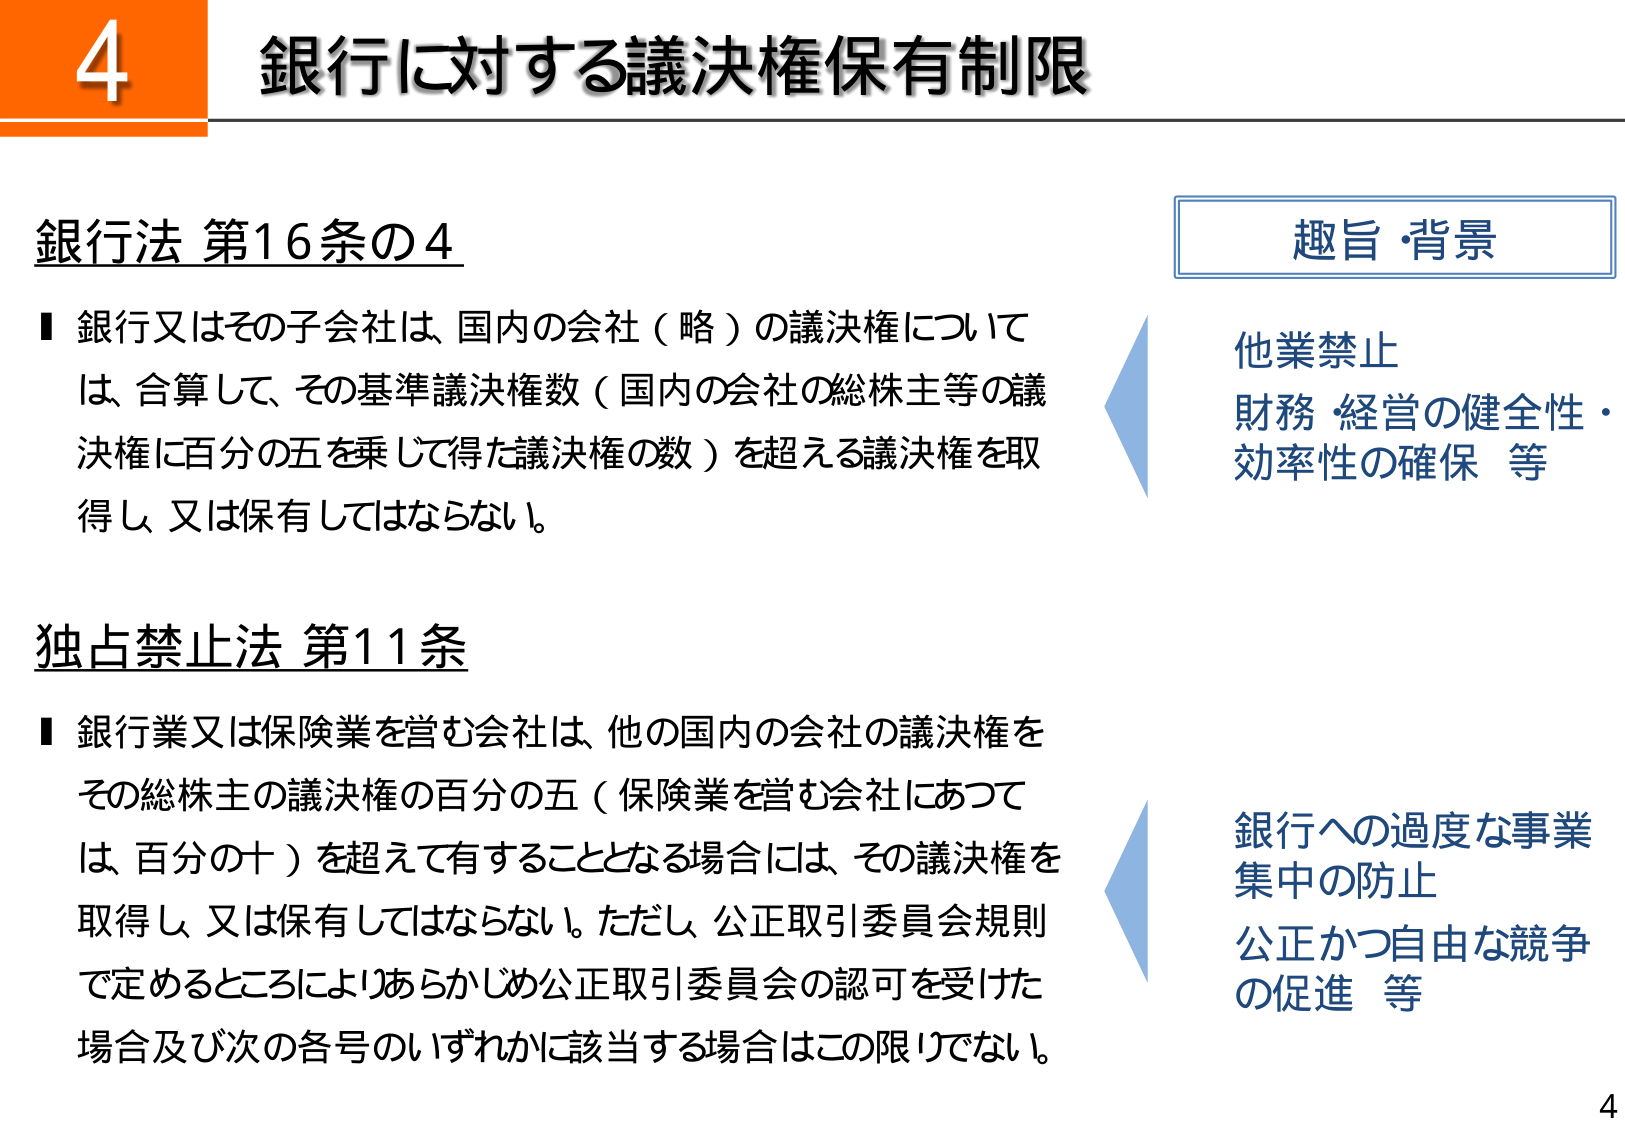
4 銀行に対する議決権保有制限

銀行法 第16条の4
■ 銀行又はその子会社は、国内の会社（略）の議決権については、合算して、その基準議決権数（国内の会社の総株主等の議決権に百分の五を乗じて得た議決権の数）を超える議決権を取得し、又は保有してはならない。

独占禁止法 第11条
■ 銀行業又は保険業を営む会社は、他の国内の会社の議決権をその総株主の議決権の百分の五（保険業を営む会社にあつては、百分の十）を超えて有することとなる場合には、その議決権を取得し、又は保有してはならない。ただし、公正取引委員会規則で定めるところによりあらかじめ公正取引委員会の認可を受けた場合及び次の各号のいずれかに該当する場合はこの限りでない。

趣旨・背景
他業禁止
財務・経営の健全性・
効率性の確保 等

銀行への過度な事業
集中の防止
公正かつ自由な競争
の促進 等

4